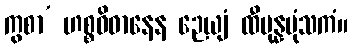
ကွစာ’ ဟစ္စဝိဓာနေန ဉေယျံ ထီပုန္နပုံသကံ။